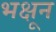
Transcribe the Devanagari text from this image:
भक्षून